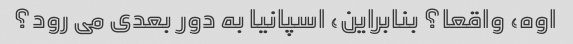
اوه، واقعا؟ بنابراین، اسپانیا به دور بعدی می رود؟